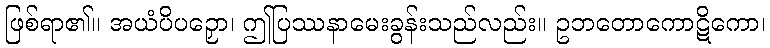
ဖြစ်ရာ၏။ အယံပိပဉှော၊ ဤပြဿနာမေးခွန်းသည်လည်း။ ဥဘတောကောဋိကော၊